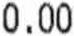
0.00